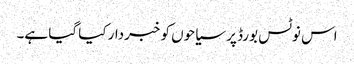
اس نوٹس بورڈ پر سیاحوں کو خبردار کیا گیا ہے۔